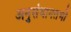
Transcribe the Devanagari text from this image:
अनुसंधानतभी